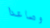
وصاعدا